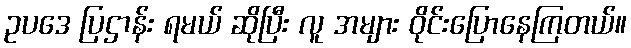
ဥပဒေ ပြဌာန်း ရမယ် ဆိုပြီး လူ အများ ဝိုင်းပြောနေကြတယ်။